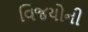
વિજયોની